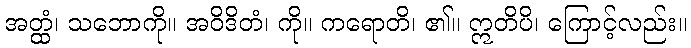
အတ္ထံ၊ သဘောကို။ အဝိဒိတံ၊ ကို။ ကရောတိ၊ ၏။ ဣတိပိ၊ ကြောင့်လည်း။